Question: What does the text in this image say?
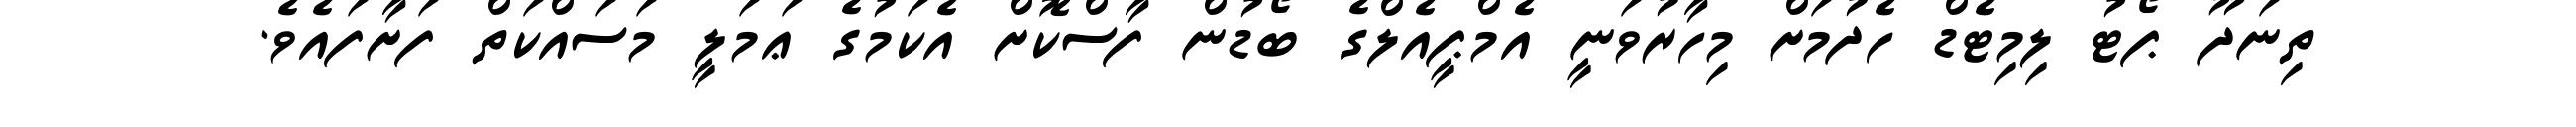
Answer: ތިނަދޫ ޕޯޓު ލިމިޓެޑް ހެދުމަށް މިހާރުވަނީ އެމްޕީއެލްގެ ބޯޑުން ފާސްކޮށް އެކަމުގެ ޢަމަލީ މަސައްކަތް ފަށާފައެވެ.